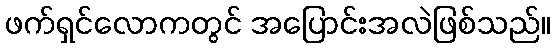
ဖက်ရှင်လောကတွင် အပြောင်းအလဲဖြစ်သည်။